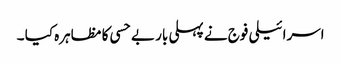
اسرائیلی فوج نے پہلی بار بے حسی کا مظاہرہ کیا ۔